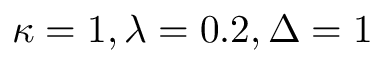
\kappa = 1 , \lambda = 0 . 2 , \Delta = 1